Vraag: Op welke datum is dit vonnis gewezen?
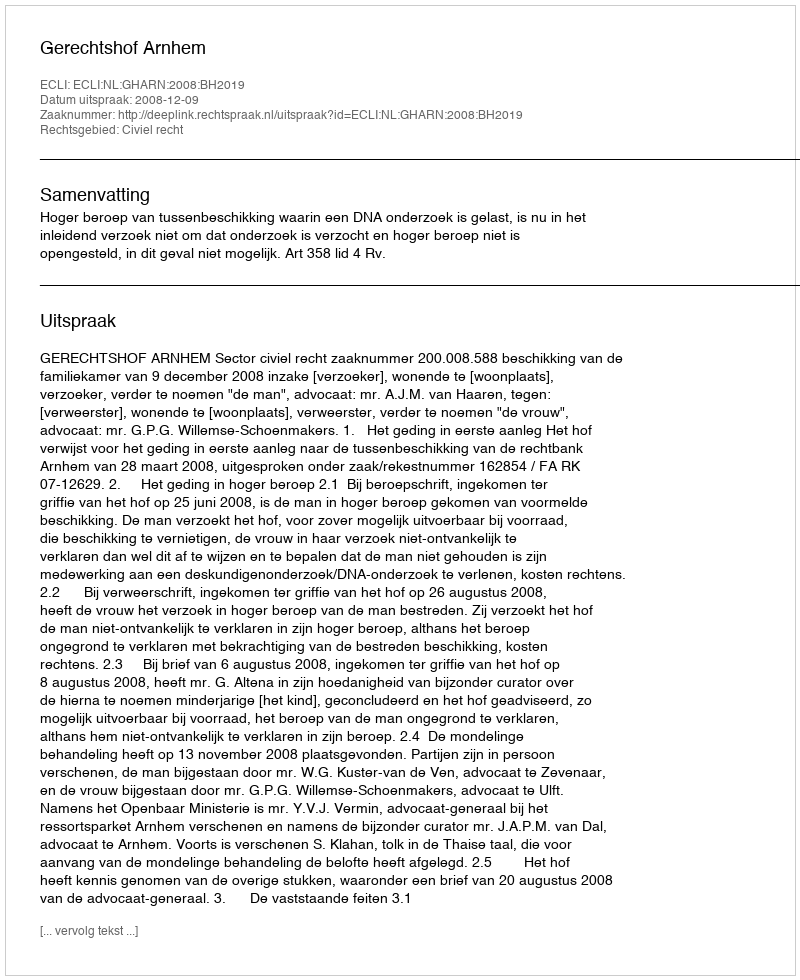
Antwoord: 2008-12-09